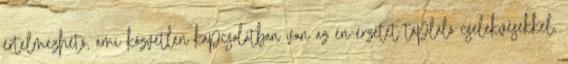
értelmezhető, ami közvetlen kapcsolatban van az én-érzetet tápláló cselekvésekkel,